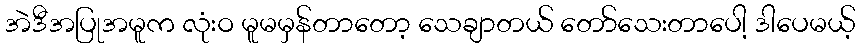
အဲဒီအပြုအမူက လုံးဝ မူမမှန်တာတော့ သေချာတယ် တော်သေးတာပေါ့ ဒါပေမယ့်